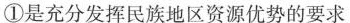
①是充分发挥民族地区资源优势的要求